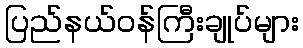
ပြည်နယ်ဝန်ကြီးချုပ်များ